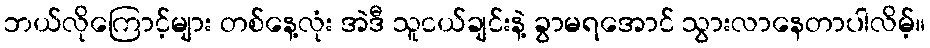
ဘယ်လိုကြောင့်များ တစ်နေ့လုံး အဲဒီ သူငယ်ချင်းနဲ့ ခွာမရအောင် သွားလာနေတာပါလိမ့်။